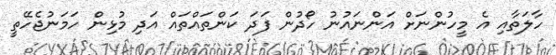
ހާލަތާއި އެ މީހުންނަށް އަންނައުނު ހޯދުން ފަދަ ކަންތައްތައް އަދި މުޅިން ހަމަނުޖެހޭތީ